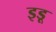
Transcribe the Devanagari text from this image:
इडू